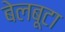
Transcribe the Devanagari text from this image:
बेलबूटा